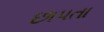
છાપતા